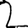
Digit: 2